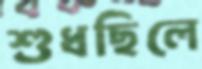
শুধছিলে